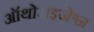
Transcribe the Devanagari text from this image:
ऑथोराइजेश्न